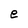
Character: e